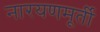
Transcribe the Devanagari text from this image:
नारयणमूर्ती